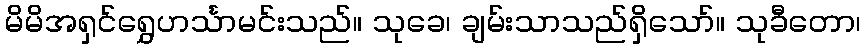
မိမိအရှင်ရွှေဟင်္သာမင်းသည်။ သုခေ၊ ချမ်းသာသည်ရှိသော်။ သုခီတော၊